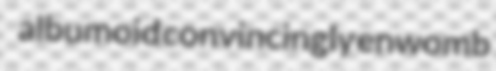
albumoid convincingly enwomb